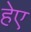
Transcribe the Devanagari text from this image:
हेए